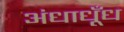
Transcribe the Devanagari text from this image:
अंधाधूँध